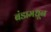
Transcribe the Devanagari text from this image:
बंडामधून